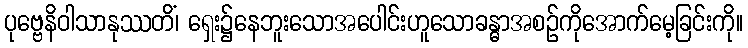
ပုဗ္ဗေနိဝါသာနုဿတိံ၊ ရှေး၌နေဘူးသောအပေါင်းဟူသောခန္ဓာအစဉ်ကိုအောက်မေ့ခြင်းကို။